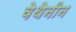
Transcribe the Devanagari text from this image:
वेथेनीन